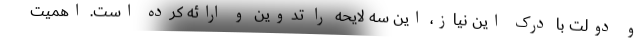
و دولت با درک این نیاز، این سه لایحه را تدوین و ارائه کرده است. اهمیت